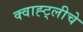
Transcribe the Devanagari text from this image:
क्वाह्ट्लीचे